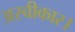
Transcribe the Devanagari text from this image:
अस्वीकार।